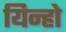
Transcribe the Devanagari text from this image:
यिन्हो